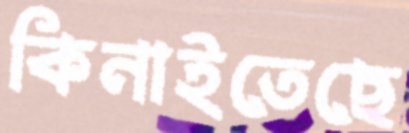
কিনাইতেছে